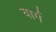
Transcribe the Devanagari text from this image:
यार्ग